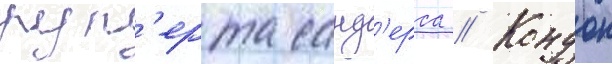
руп'ерта санд'ерса // Кондон